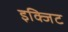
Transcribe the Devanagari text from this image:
इक्जिट